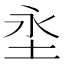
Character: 𭯼